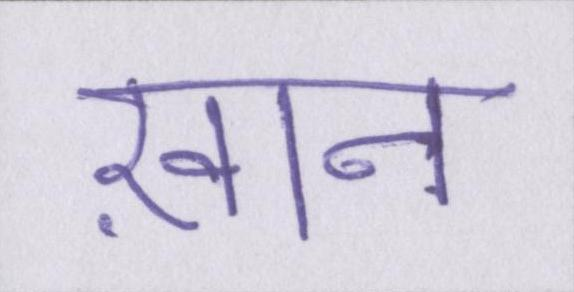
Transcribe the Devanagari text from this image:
ख़ान